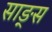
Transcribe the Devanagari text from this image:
साङ्स